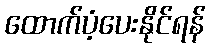
ထောက်ပံ့ပေးနိုင်ရန်